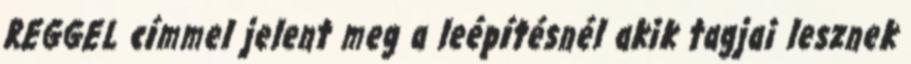
REGGEL címmel jelent meg a leépítésnél akik tagjai lesznek